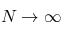
N \to \infty